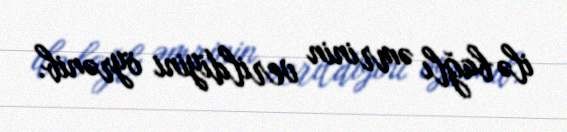
ilə bağlı əmrinin verildiyini öyrənib.